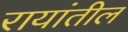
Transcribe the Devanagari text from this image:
रायांतील